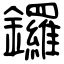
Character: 鑼